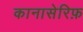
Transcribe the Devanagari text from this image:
कानासेरिफ़